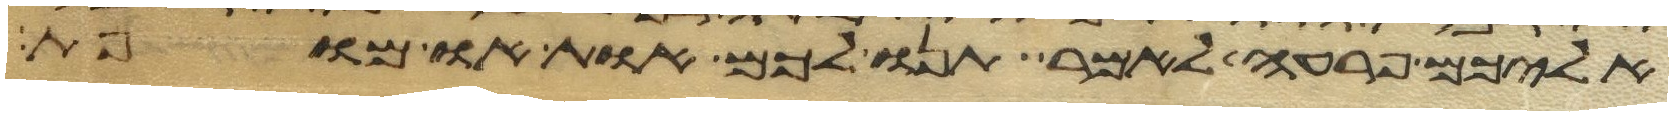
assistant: אליכם פרעה לאמר תנו לכם אות או מופת